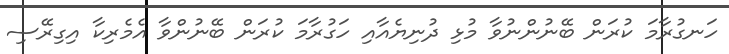
ހަނގުރާމަ ކުރަން ބޭނުންނުވާ މުޅި ދުނިޔެއާއި ހަގުރާމަ ކުރަން ބޭނުންވާ އެމެރިކާ އިގިރޭސި